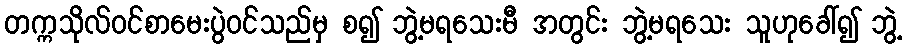
တက္ကသိုလ်ဝင်စာမေးပွဲဝင်သည်မှ စ၍ ဘွဲ့မရသေးမီ အတွင်း ဘွဲ့မရသေး သူဟုခေါ်၍ ဘွဲ့